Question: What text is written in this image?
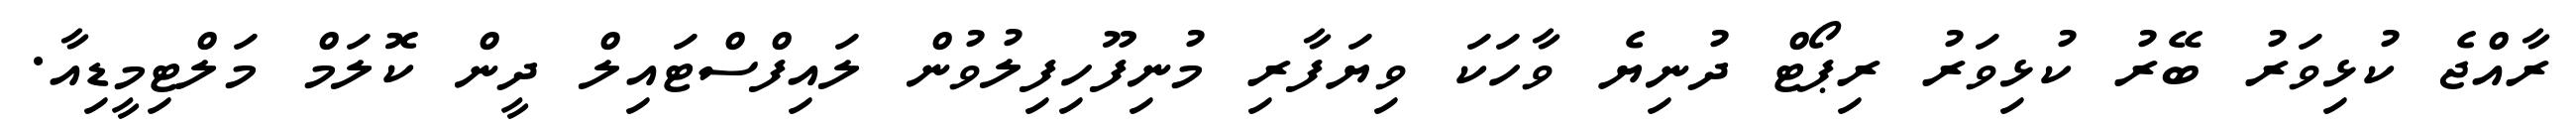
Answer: ރާއްޖެ ކުޅިވަރު ބޭރު ކުޅިވަރު ރިޕޯޓް ދުނިޔެ ވާހަކަ ވިޔަފާރި މުނިފޫހިފިލުވުން ލައިފްސްޓައިލް ދީން ކޮލަމް މަލްޓިމީޑިއާ.